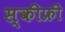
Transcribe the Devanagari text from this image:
स्कीफ्री